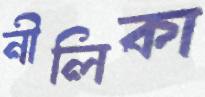
নীলিকা